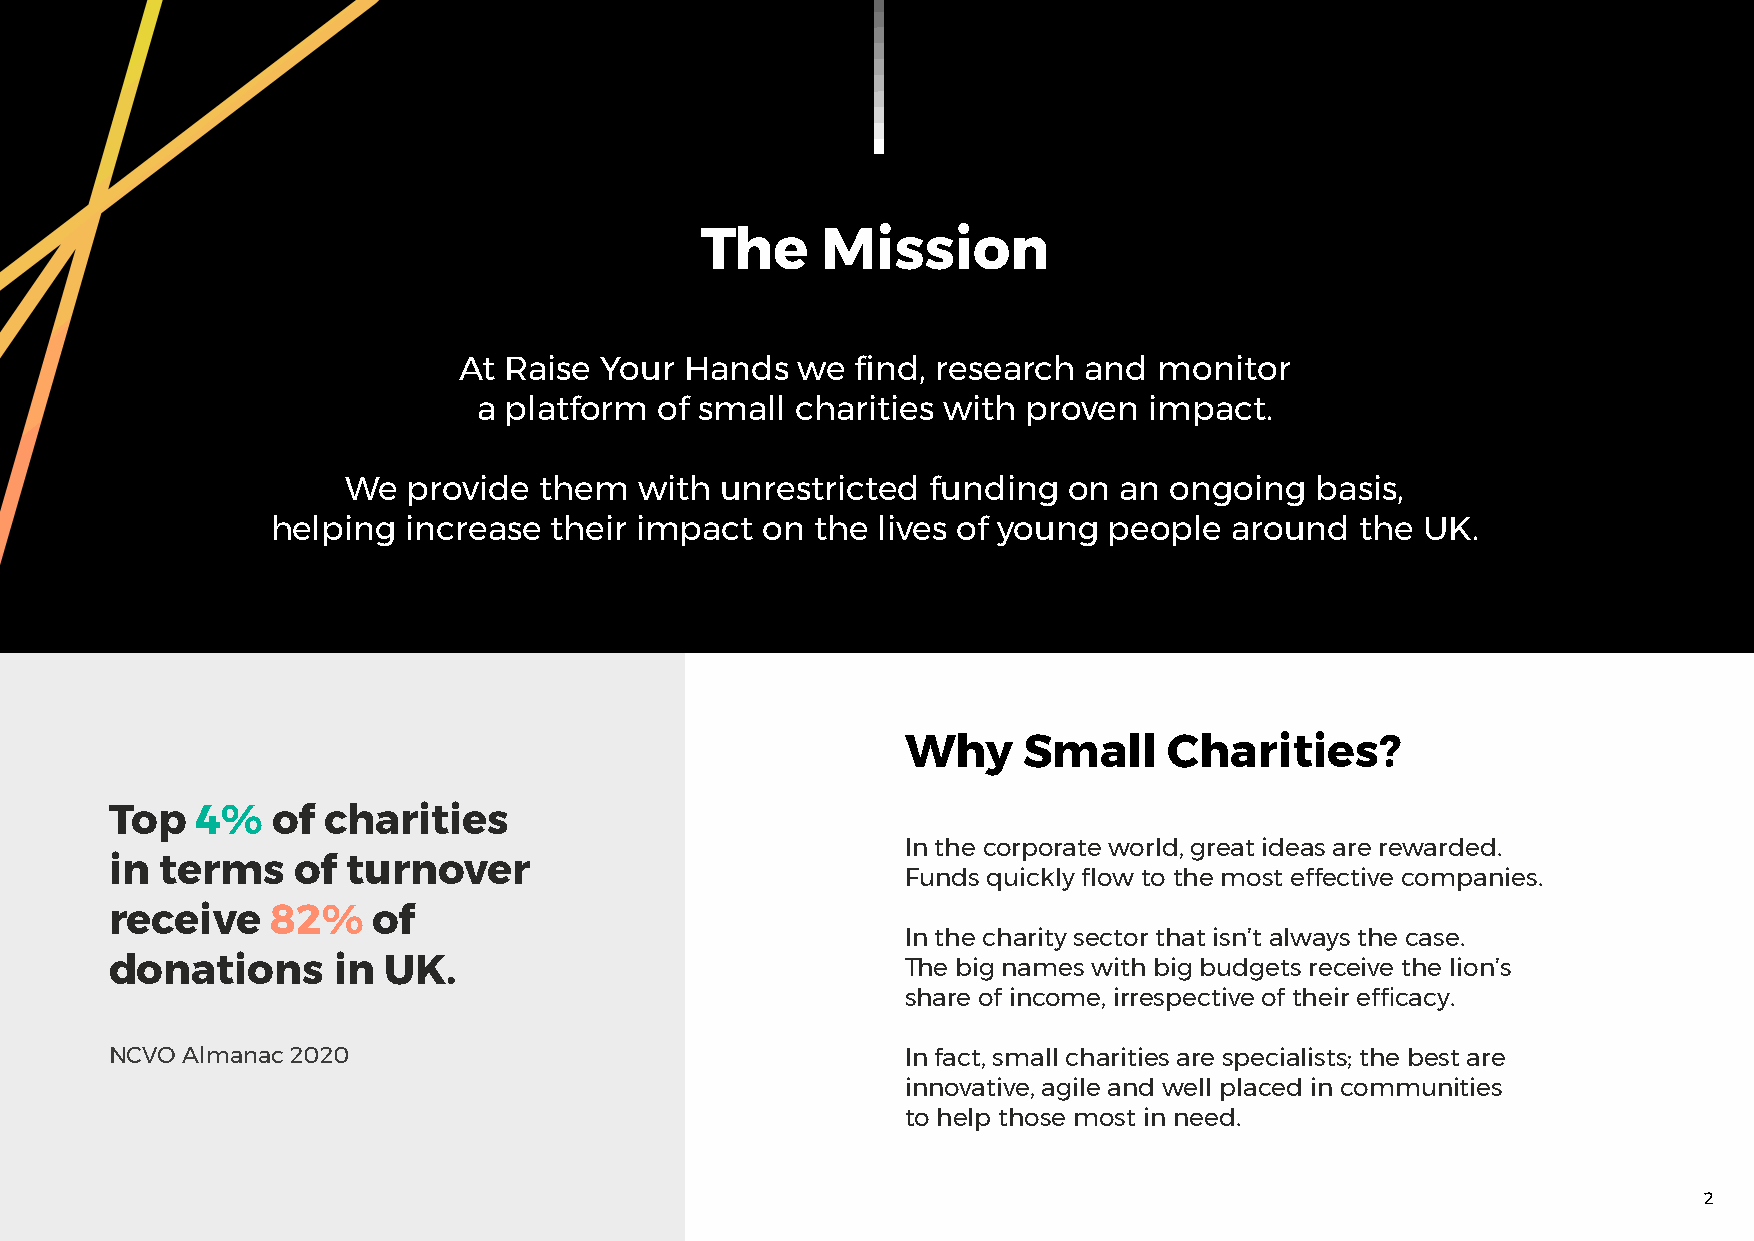
The     Mission
 At Raise  Your Hands   we  find, research and  monitor
 a platform  of small charities with proven  impact.
 We  provide  them  with  unrestricted  funding  on an ongoing   basis,
 helping  increase their impact   on the lives of young people   around  the UK.
 Why     Small    Charities?
 Top   4%   of charities
 In the corporate world, great ideas are rewarded.
 in  terms   of  turnover
 Funds quickly flow to the most effective companies.
 receive    82%    of
 In the charity sector that isn’t always the case.
 donations      in UK.                                The big names with big budgets receive the lion’s
 share of income, irrespective of their efficacy.
 NCVO Almanac 2020                                    In fact, small charities are specialists; the best are
 innovative, agile and well placed in communities
 to help those most in need.
 2